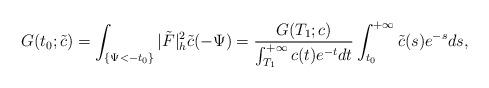
LaTeX: \begin{align*} G(t_0;\tilde{c})=\int_{\{\Psi<-t_0\}}|\tilde{F}|^2_h\tilde{c}(-\Psi)= \frac{G(T_1;c)}{\int_{T_1}^{+\infty}c(t)e^{-t}dt} \int_{t_0}^{+\infty}\tilde{c}(s)e^{-s}ds, \end{align*}